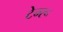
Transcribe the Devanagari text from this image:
टेम्‍रू